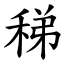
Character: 稊